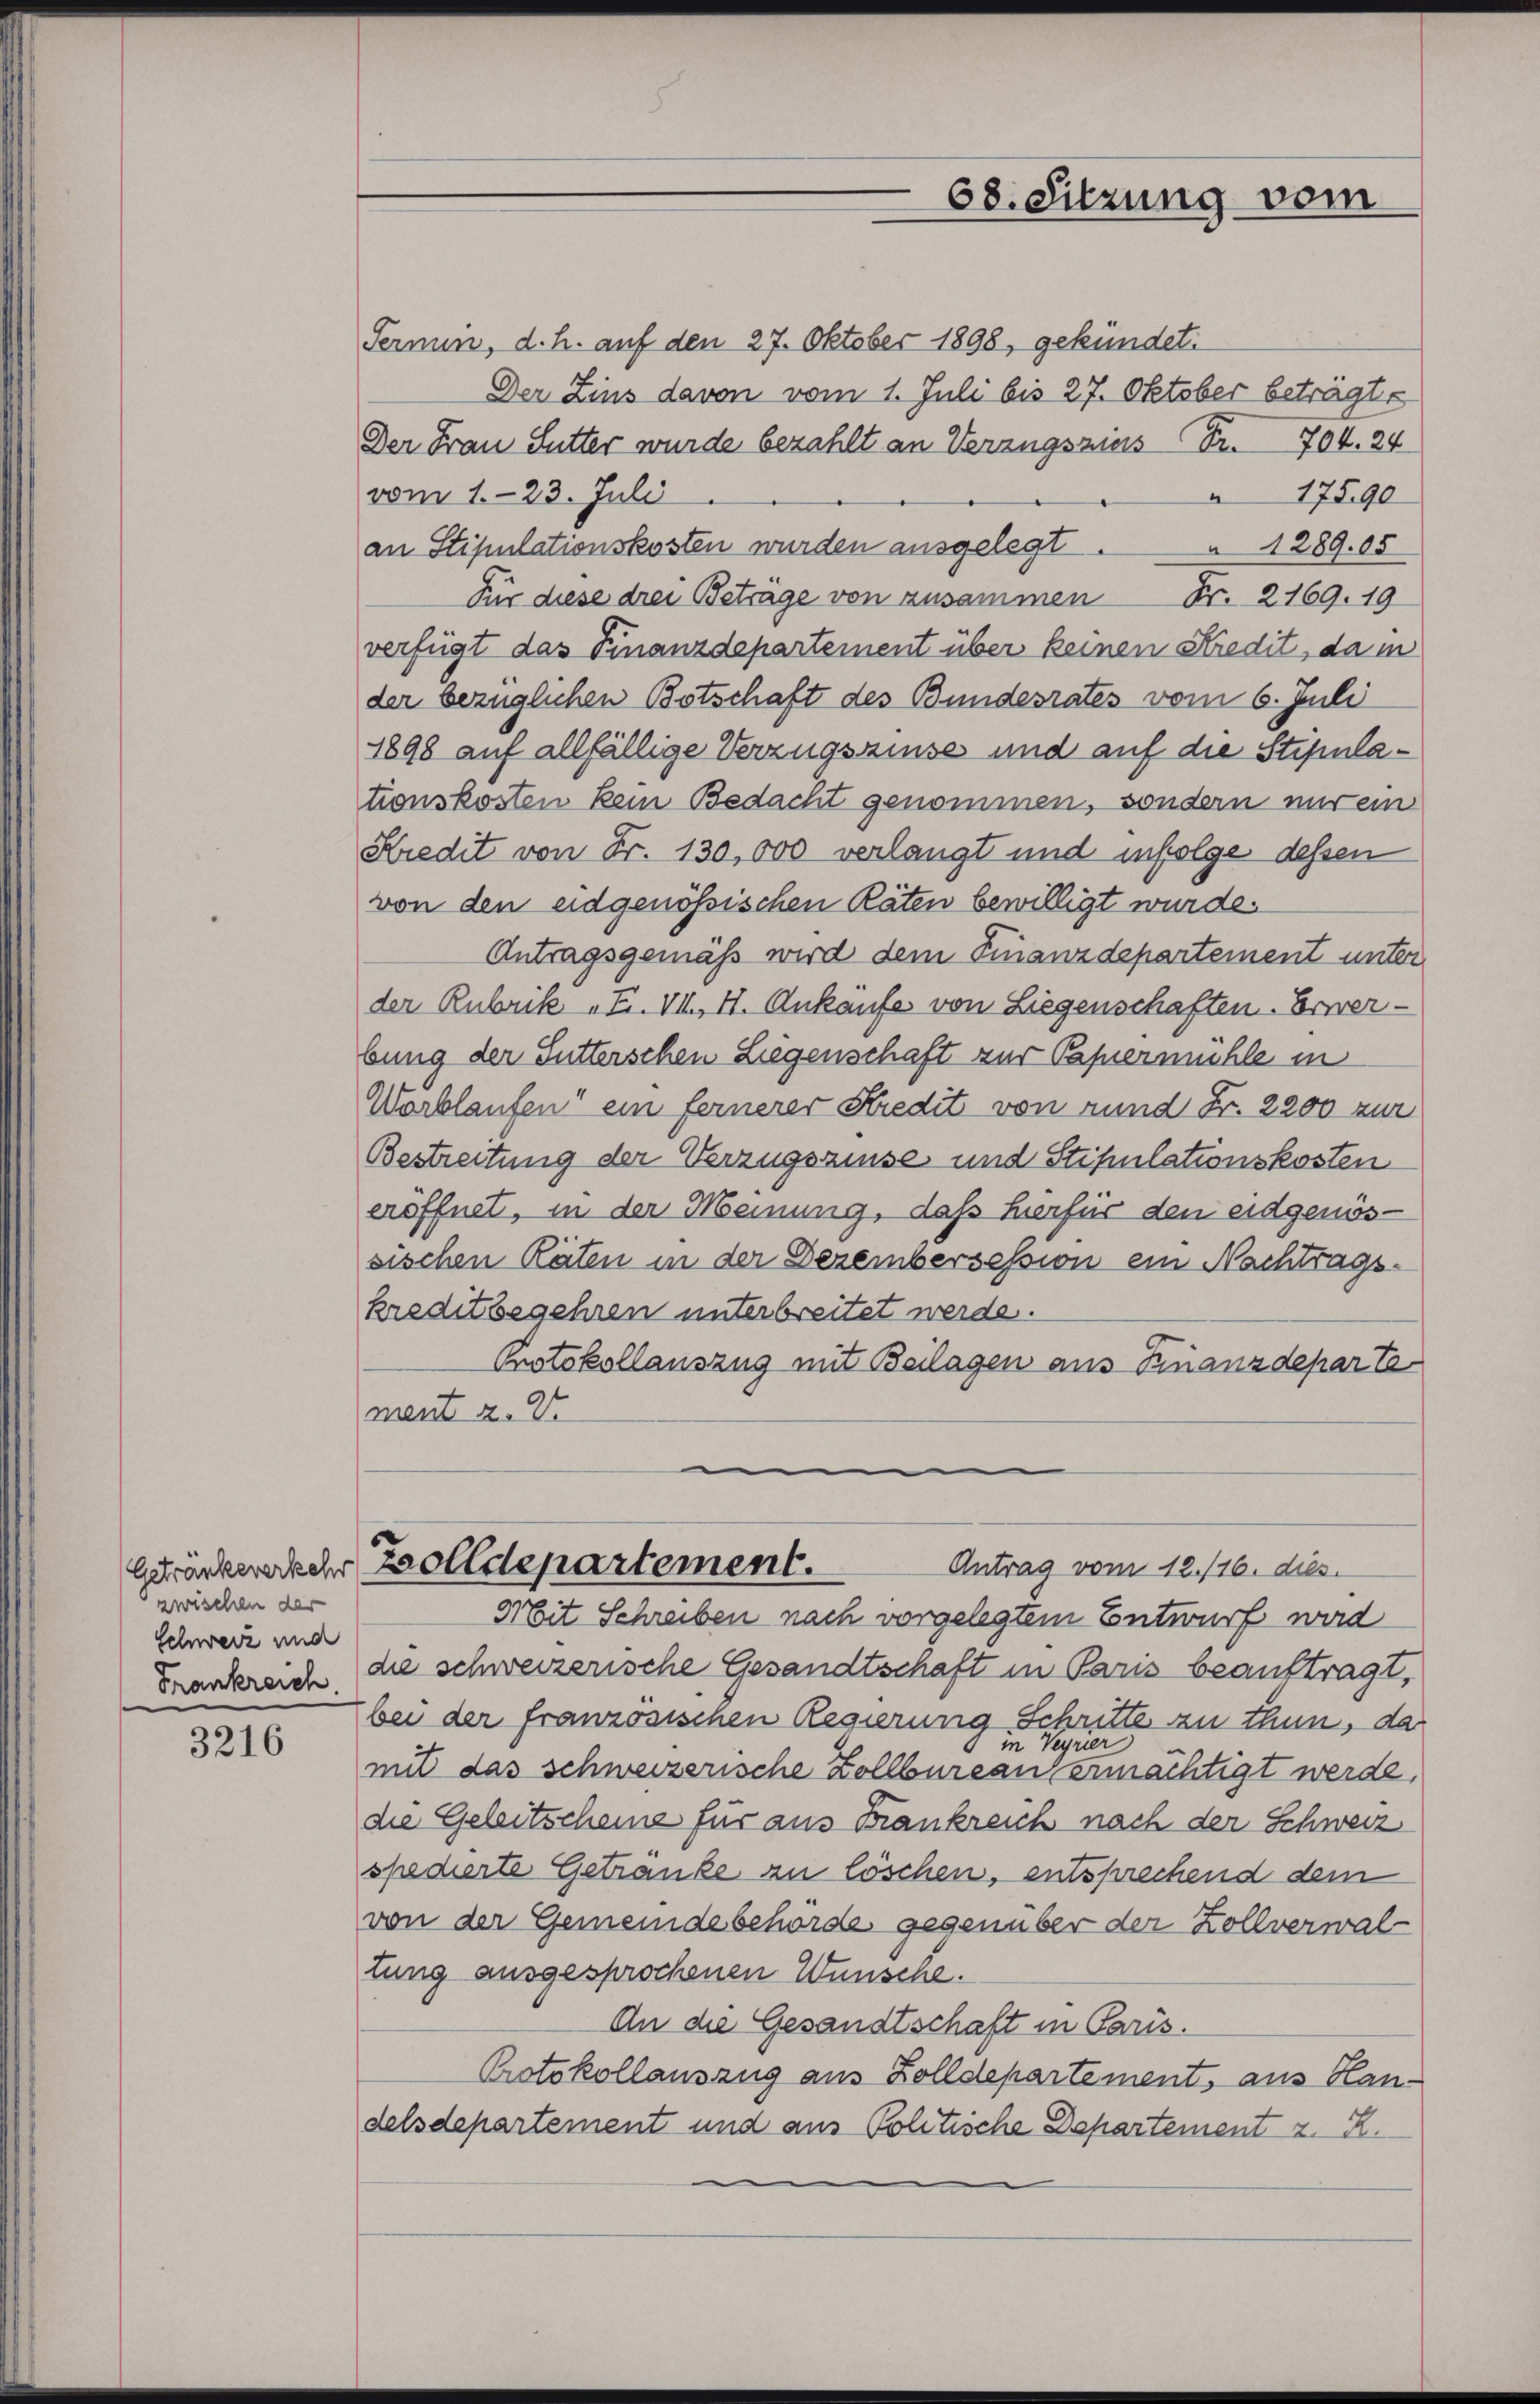
Getränke verkehr
zwischen der
Schweiz und
Frankreich.

3216

Fernen, d. h. auf den 27. Oktober 1898, gekündet.
Der Zins davon vom 1. Juli bis 27. Oktober beträgte
Der Frau Sutter wurde bezahlt an Verzugsziers Fr. 704. 24
vom 1. 23. Juli
17590
an Stipulationskosten wurden ausgelegt. 1289. 05
Für diese drei Betrage von zusammen Fr. 2169. 19
verfügt das Finanzdepartement über keinen Kredit, da in
der bezüglichen Botschaft des Bundesrates vom 6. Juli
1898 auf allfällige Verzugszinse und auf die Stipulationskosten kein Bedacht genommen, sondern nur ein
Kredit von Fr. 130,000 verlangt und infolge dessen
von den eidgenössischen Räten bewilligt wurde.
Antragsgemäß wird dem Finanzdepartement unter
der Rubrik „F. VII, II. Ankaufe von Liegenschaften. Erwerbung der Sutterschen Liegenschaft zur Papiermühle in
Warblaufen ein fernerer Kredit von rund Fr. 2200 zur
Bestreitung der Verzugszinse und Stipulationskosten
eröffnet, in der Meinung, daß hierfür den eidgenössischen Räten in der Dezembersession ein Nachtragskreditbegehren unterbreitet werde.
Protokollauszug mit Beilagen aus Finanzdeparte
ment z. 2

Mit Schreiben nach vorgelegtem Entwurf wird
die schweizerische Gesandtschaft in Paris beauftragt,
bei der französischen Regierung Schritte zu thun, das
1 in Verrier
mit das schweizerische Zollbureau ermächtigt werde,
die Geleitscheine für aus Frankreich nach der Schweiz
spedierte Getränke zu löschen, entsprechend dem
von der Gemeindebehörde gegenüber der Zollverwal-
tung ausgesprochenen Wünsche.
An die Gesandtschaft in Paris.
Protokollauszug aus Zolldepartement, aus Han-
delsdepartement und aus Politische Departement z. B.

68. Sitzung vom

Zolldepartement.
Antrag vom 12./16. dies